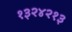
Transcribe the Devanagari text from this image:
१३२४२१३